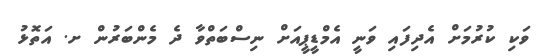
ވަކި ކުރުމަށް އެދިފައި ވަނީ އެމްޑީޕީއަށް ނިސްބަތްވާ ދެ މެންބަރުން ށ. އަތޮޅު